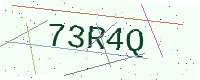
Text: 73R4Q